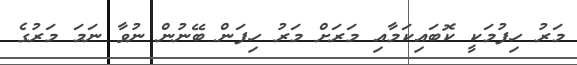
މަރު ހިފުމަކީ ކޮބައިކަމާއި މަރަށް މަރު ހިފަން ބޭނުން ނުވާ ނަމަ މަރުގެ